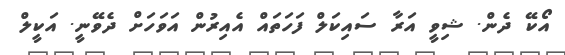
އޯކޭ ދެން. ޝިވީ އަރާ ސައިކަލް ފަހަތައް އެއިރުން އަވަހަށް ދެވޭނީ. އަކީލް